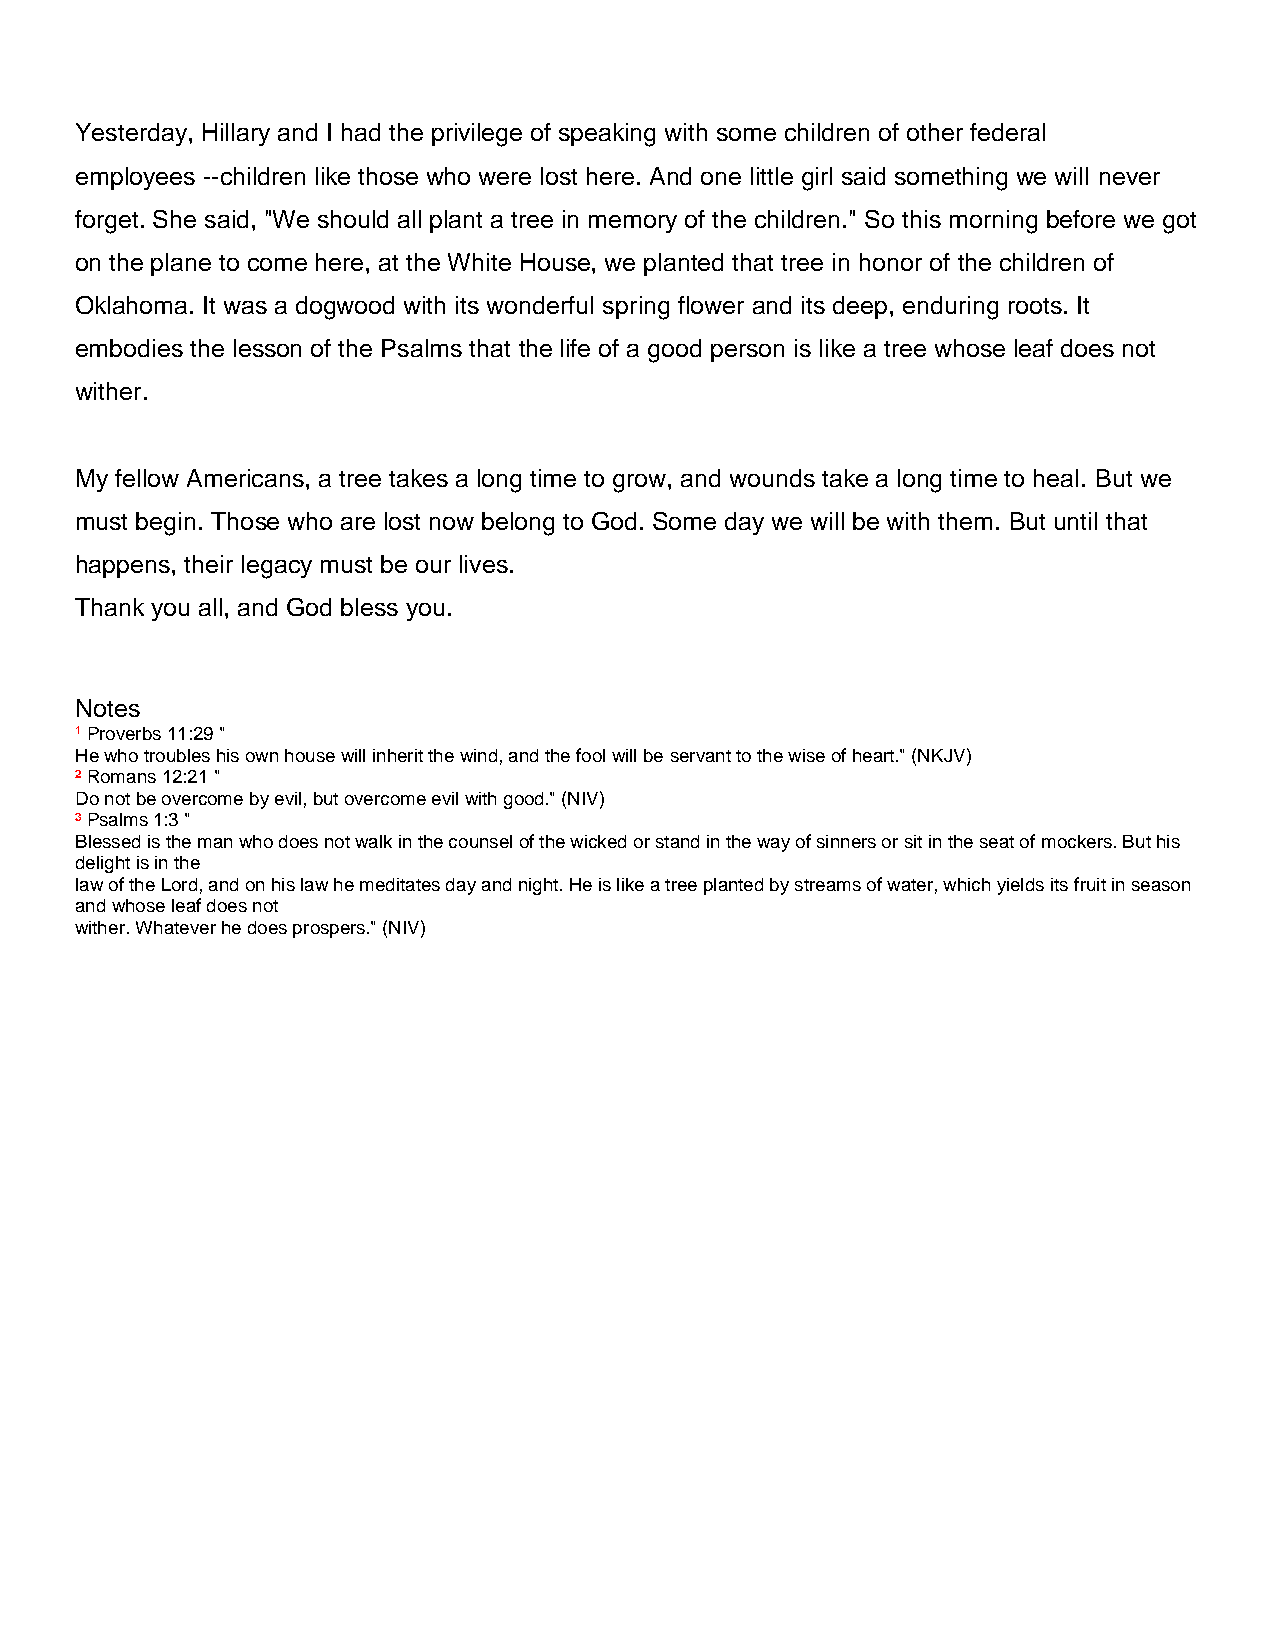
Yesterday, Hillary and I had the privilege of speaking with some children of other federal
 employees --children like those who were lost here. And one little girl said something we will never
 forget. She said, "We should all plant a tree in memory of the children." So this morning before we got
 on the plane to come here, at the White House, we planted that tree in honor of the children of
 Oklahoma. It was a dogwood with its wonderful spring flower and its deep, enduring roots. It
 embodies the lesson of the Psalms that the life of a good person is like a tree whose leaf does not
 wither.
 My fellow Americans, a tree takes a long time to grow, and wounds take a long time to heal. But we
 must begin. Those who are lost now belong to God. Some day we will be with them. But until that
 happens, their legacy must be our lives.
 Thank you all, and God bless you.
 Notes
 ¹ Proverbs 11:29 "
 He who troubles his own house will inherit the wind, and the fool will be servant to the wise of heart." (NKJV)
 ² Romans 12:21 "
 Do not be overcome by evil, but overcome evil with good." (NIV)
 ³ Psalms 1:3 "
 Blessed is the man who does not walk in the counsel of the wicked or stand in the way of sinners or sit in the seat of mockers. But his
 delight is in the
 law of the Lord, and on his law he meditates day and night. He is like a tree planted by streams of water, which yields its fruit in season
 and whose leaf does not
 wither. Whatever he does prospers." (NIV)